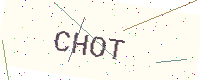
Text: CHOT